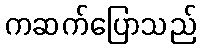
ကဆက်ပြောသည်